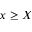
x \ge X